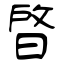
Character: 晵